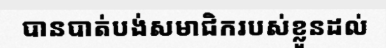
បានបាត់បង់សមាជិករបស់ខ្លួនដល់